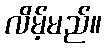
လိမ့်မည်။